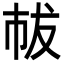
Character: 𢂤